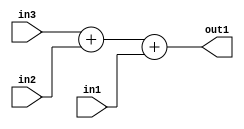
`timescale 1ps / 1ps
/*****************************************************************************
    Verilog RTL Description
    
    
    Created by: Stratus DpOpt 2019.1.01 
*******************************************************************************/

module pw_feature_addr_gen_Add3u32u32u32_4 (
	in3,
	in2,
	in1,
	out1
	); /* architecture "behavioural" */ 
input [31:0] in3,
	in2,
	in1;
output [31:0] out1;
wire [31:0] asc001;

wire [31:0] asc001_tmp_0;
assign asc001_tmp_0 = 
	+(in3)
	+(in2);
assign asc001 = asc001_tmp_0
	+(in1);

assign out1 = asc001;
endmodule

/* CADENCE  ubnyTwg= : u9/ySgnWtBlWxVPRXgAZ4Og= ** DO NOT EDIT THIS LINE ******/